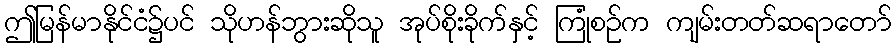
ဤမြန်မာနိုင်ငံ၌ပင် သိုဟန်ဘွားဆိုသူ အုပ်စိုးခိုက်နှင့် ကြုံစဉ်က ကျမ်းတတ်ဆရာတော်